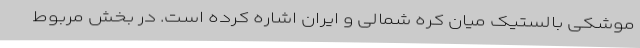
موشکی بالستیک میان کره شمالی و ایران اشاره کرده است. در بخش مربوط